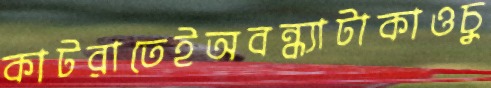
কাটরাতেইঅবন্ধ্যাটাকাওচু